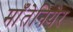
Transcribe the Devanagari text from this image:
माँतेनियेर